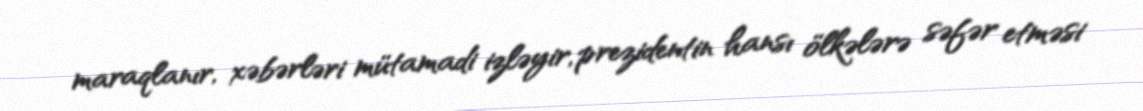
maraqlanır, xəbərləri mütamadi izləyir, prezidentin hansı ölkələrə səfər etməsi